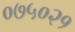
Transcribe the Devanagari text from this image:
०७५०२१